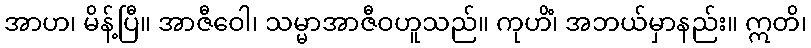
အာဟ၊ မိန့်ပြီ။ အာဇီဝေါ၊ သမ္မာအာဇီဝဟူသည်။ ကုဟိံ၊ အဘယ်မှာနည်း။ ဣတိ၊